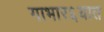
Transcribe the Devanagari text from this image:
गाभार६यात